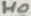
Text: HO